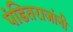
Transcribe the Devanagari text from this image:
पंडितराजांनी